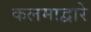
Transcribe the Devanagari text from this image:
कलमाद्वारे